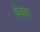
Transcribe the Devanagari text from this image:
देवंग